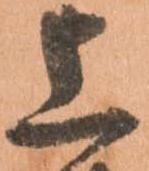
上